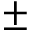
\pm